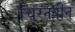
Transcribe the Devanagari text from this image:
चिरनवीन